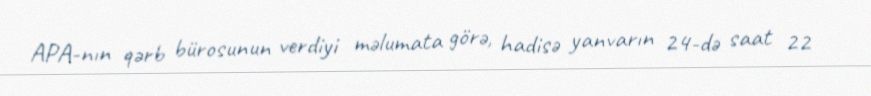
APA-nın qərb bürosunun verdiyi məlumata görə, hadisə yanvarın 24-də saat 22